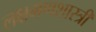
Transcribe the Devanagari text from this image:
लक्षमणशास्त्री